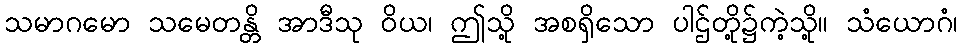
သမာဂမော သမေတန္တိ အာဒီသု ဝိယ၊ ဤသို့ အစရှိသော ပါဌ်တို့၌ကဲ့သို့။ သံယောဂံ၊